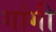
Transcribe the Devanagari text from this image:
गांगी